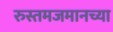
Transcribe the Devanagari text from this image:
रुस्तमजमानच्या